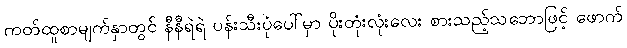
ကတ်ထူစာမျက်နှာတွင် နီနီရဲရဲ ပန်းသီးပုံပေါ်မှာ ပိုးတုံးလုံးလေး စားသည့်သဘောဖြင့် ဖောက်